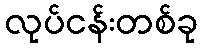
လုပ်ငန်းတစ်ခု